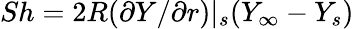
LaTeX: Sh=2R(\partial Y/\partial r)|_{s}(Y_{\infty}-Y_{s})